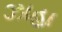
ઝાહા